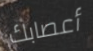
أعصابك